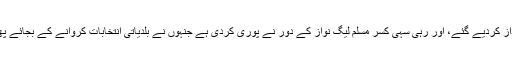
مگر بے حسی کا یہ عالم ہے کہ مشرف دور کے بعد بلدیاتی ادارے مکمل طور پر نظر انداز کردیے گئے، اور رہی سہی کسر مسلم لیگ نواز کے دور نے پوری کردی ہے جنہوں نے بلدیاتی انتخابات کروانے کے بجائے پھر سے ایک فرسودہ نظام نمبرداری سسٹم متعارف کروایا جوکہ عوام کے ساتھ زیادتی ہے۔